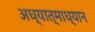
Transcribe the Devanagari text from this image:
अध्यात्माध्यान